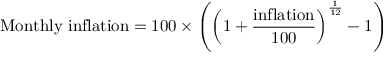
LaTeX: { \mathrm { M o n t h l y ~ i n f l a t i o n } } = 1 0 0 \times \left( \left( 1 + { \frac { \mathrm { i n f l a t i o n } } { 1 0 0 } } \right) ^ { \frac { 1 } { 1 2 } } - 1 \right)